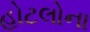
હોટલોના